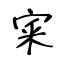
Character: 宷